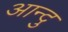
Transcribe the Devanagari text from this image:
आन्दु